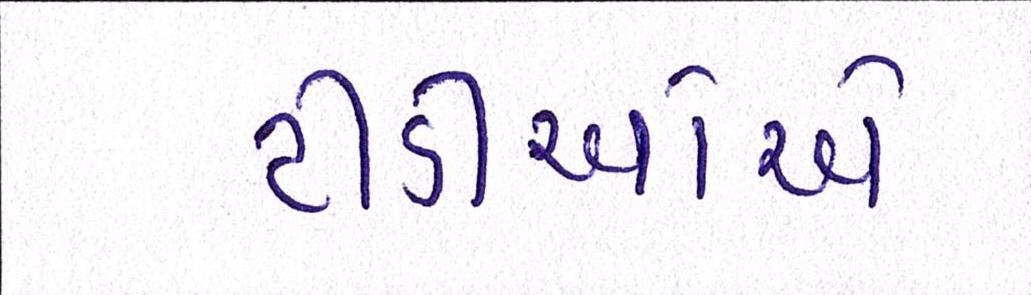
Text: ટીડીઓએ